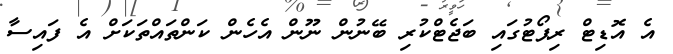
އެ އޮޑިޓް ރިޕޯޓުގައި ބަޖެޓްކުރި ބޭނުން ނޫން އެހެން ކަންތައްތަކަށް އެ ފައިސާ